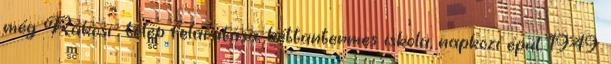
még Rákosi- telep felavatása, kéttantermes iskola, napközi épül. 1949.